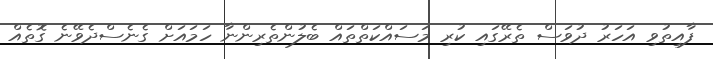
ފާއިތުވި އަހަރު ދުވަސް ތެރޭގައި ކުރި މަސައްކަތްތައް ބެލުންތެރިންނާ ހަމައަށް ގެނެސްދެވޭނެ ގޮތެއް